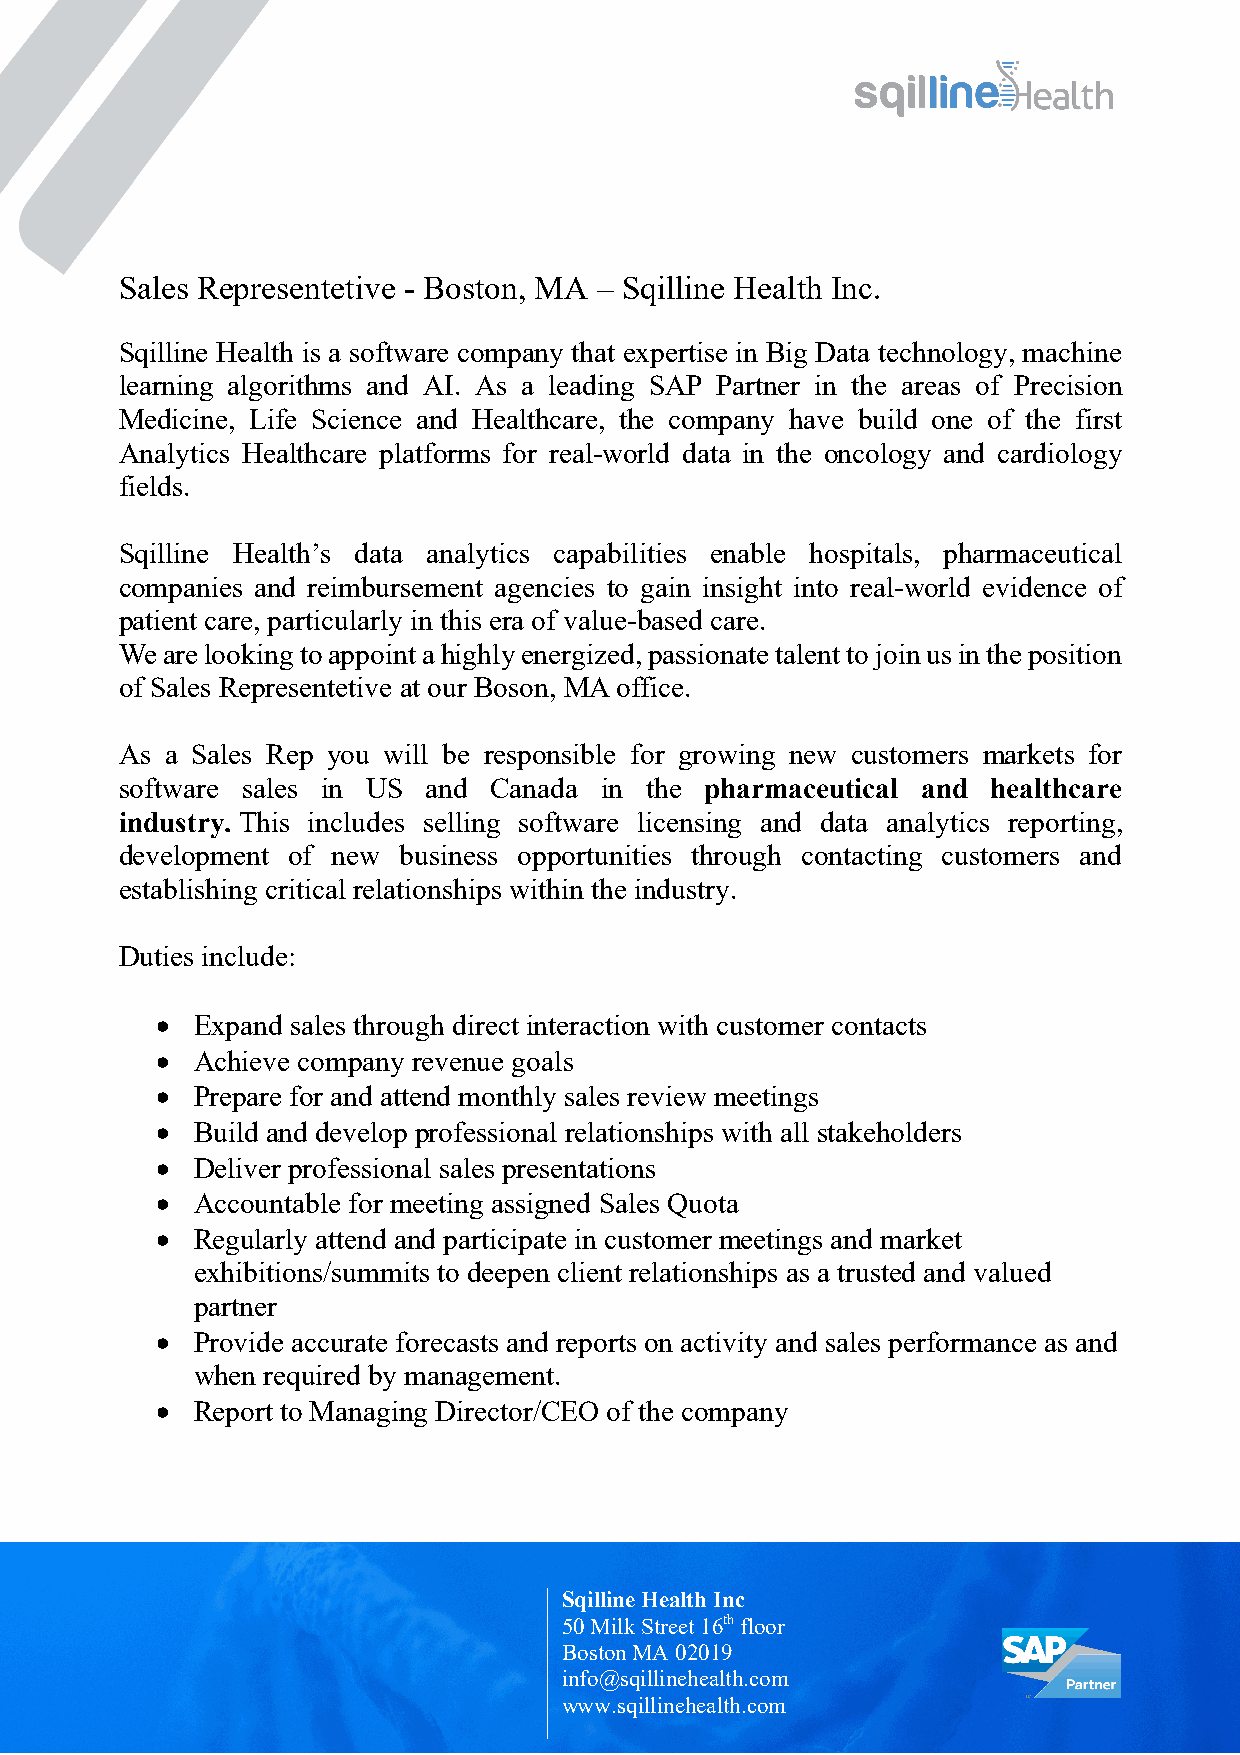
Sales Representetive - Boston, MA – Sqilline Health Inc.
 Sqilline Health is a software company that expertise in Big Data technology, machine
 learning algorithms and AI. As a leading SAP Partner in the areas of Precision
 Medicine, Life Science and Healthcare, the company have build one of the first
 Analytics Healthcare platforms for real-world data in the oncology and cardiology
 fields.
 Sqilline Health’s data analytics capabilities enable hospitals, pharmaceutical
 companies and reimbursement agencies to gain insight into real-world evidence of
 patient care, particularly in this era of value-based care.
 We are looking to appoint a highly energized, passionate talent to join us in the position
 of Sales Representetive at our Boson, MA office.
 As a Sales Rep you will be responsible for growing new customers markets for
 software sales in US and Canada in the pharmaceutical and healthcare
 industry. This includes selling software licensing and data analytics reporting,
 development of new business opportunities through contacting customers and
 establishing critical relationships within the industry.
 Duties include:
 •  Expand sales through direct interaction with customer contacts
 •  Achieve company revenue goals
 •  Prepare for and attend monthly sales review meetings
 •  Build and develop professional relationships with all stakeholders
 •  Deliver professional sales presentations
 •  Accountable for meeting assigned Sales Quota
 •  Regularly attend and participate in customer meetings and market
 exhibitions/summits to deepen client relationships as a trusted and valued
 partner
 •  Provide accurate forecasts and reports on activity and sales performance as and
 when required by management.
 •  Report to Managing Director/CEO of the company
 Sqilline Health Inc
 50 Milk Street 16th floor
 Boston MA 02019
 info@sqillinehealth.com
 www.sqillinehealth.com